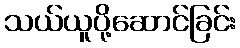
သယ်ယူပို့ဆောင်ခြင်း